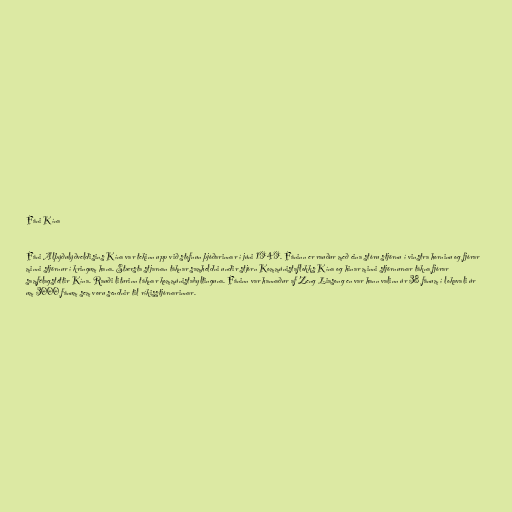
Fáni Kína

Fáni Alþýðulýðveldisins Kína var tekinn upp við stofnun þjóðarinnar í júni 1949. Fáninn er rauður með eina stóru stjörnu í vinstra horninu og fjórar
minni stjörnur í kringum hana. Stærsta stjarnan táknar samheldni undir stjórn Kommúnistaflokks Kína og hinar minni stjörnurnar tákna fjórar
samfélagstéttir Kína. Rauði liturinn táknar kommúnistabyltinguna. Fáninn var hannaður af Zeng Liasong en var hann valinn úr 38 fánum í lokavali úr
um 3000 fánum sem voru sendnir til ríkisstjórnarinnar.